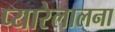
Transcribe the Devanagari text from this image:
प्यारेलालना